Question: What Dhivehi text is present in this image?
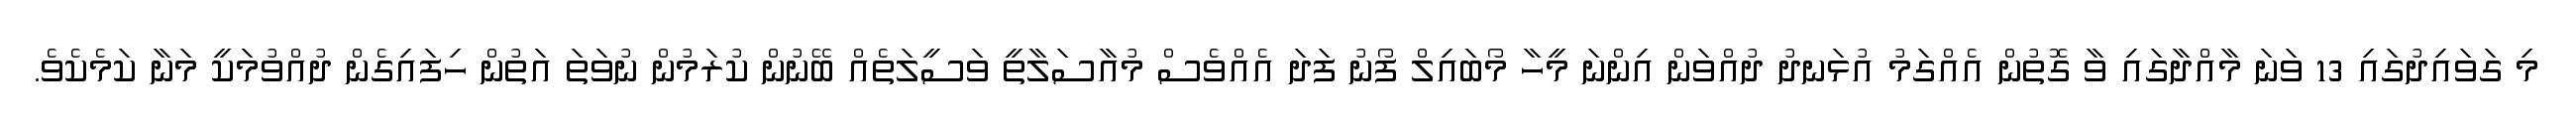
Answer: މި ގަވައިދުގައި 13 ވަނަ މާއްދާގައި ވާ ގޮތުން އެއްގަމު އުޅަނދު ދުއްވަން އިންނަ މީހާ މޯބައިލް ފޯނު ފަދަ އެއްވެސް މުއާސަލާތީ ވަސީލަތެއް ބޭނުން ކުރަމުން ނުވަތަ އަތުން ހިފައިގެން ދުއްވުމަކީ މަނާ ކަމެކެވެ.